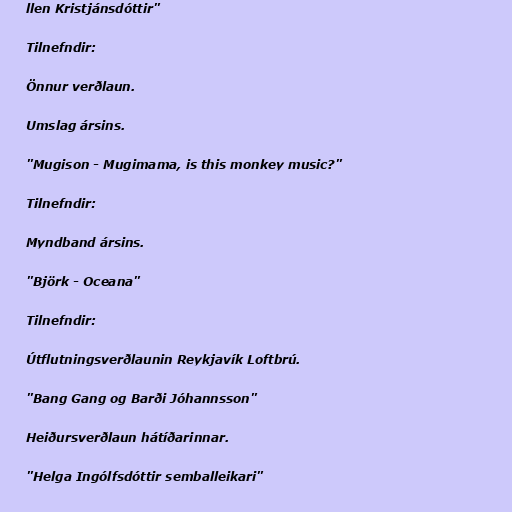
llen Kristjánsdóttir"

Tilnefndir:

Önnur verðlaun.

Umslag ársins.

"Mugison - Mugimama, is this monkey music?"

Tilnefndir:

Myndband ársins.

"Björk - Oceana"

Tilnefndir:

Útflutningsverðlaunin Reykjavík Loftbrú.

"Bang Gang og Barði Jóhannsson"

Heiðursverðlaun hátíðarinnar.

"Helga Ingólfsdóttir semballeikari"